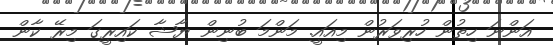
އަންނަ ހިތުން ހުރިވަރުން މިއައީ. މަންމަ ބުނިން ޔާޝާ ކައިރީގަ މިރޭ ކާން